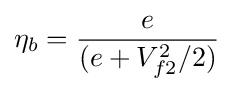
\eta _{b}={e \over (e+V_{f2}^{2}/2)}